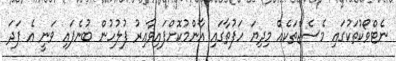
ނެޓްވޯކުތަކުގައި މެސެޖްތަކެއް މިދިޔަ ހަފުތާގައި އާންމުކޮށްފައިވާއިރު ފުލުހުން ބުނެފައި ވަނީ އެ ފަދަ